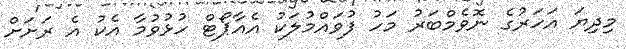
މިދިޔަ އަހަރުގެ ނޮވެމްބަރު މަހު ފުވައްމުލަކު އެއާޕޯޓް ހުޅުވުމާ އެކު އެ ރަށަށް